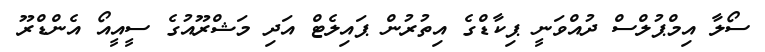
ސޯލާ އިމްޕުލްސް ދުއްވަނީ ޕިކާޑްގެ އިތުރުން ޕައިލެޓް އަދި މަޝްރޫއުގެ ސީއީއޯ އެންޑްރޫ